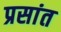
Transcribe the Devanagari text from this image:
प्रसांत